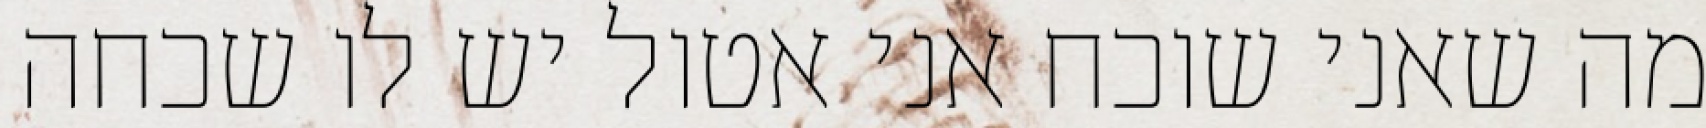
מה שאני שוכח אני אטול יש לו שכחה